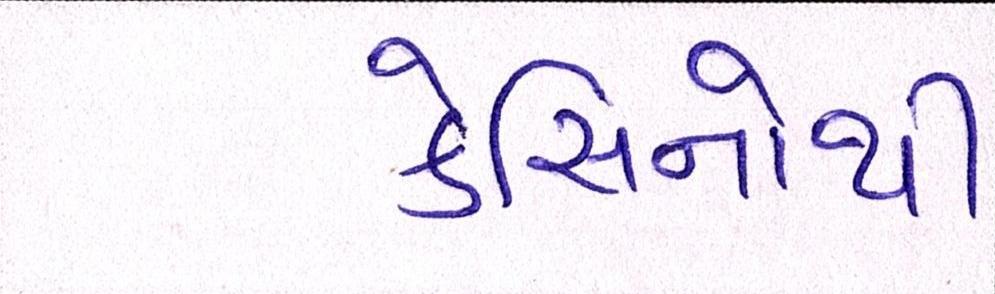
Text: કેસિનોથી